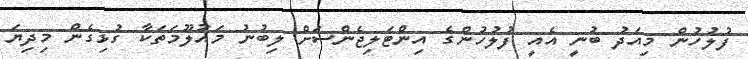
ފުލުހުން މިއަދު ބުނީ އެއީ ފުލުހުންގެ އިންޓަލިޖެންސަށް ލިބުނު މައުލޫމަތަކާ ގުޅިގެން މިދިޔަ